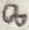
Text: 8